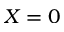
X = 0